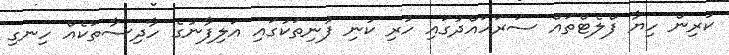
ކުރިން ހިޔާ ފްލެޓްތައް ސަރަހައްދުގައި ހުރި ކުނި ފުނިތަކުގައި އަލިފާނުގެ ހާދިސާތަކެއް ހިނގި